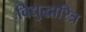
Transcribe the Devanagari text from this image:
विद्युद्धारित्र